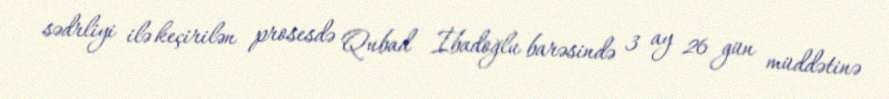
sədrliyi ilə keçirilən prosesdə Qubad İbadoğlu barəsində 3 ay 26 gün müddətinə